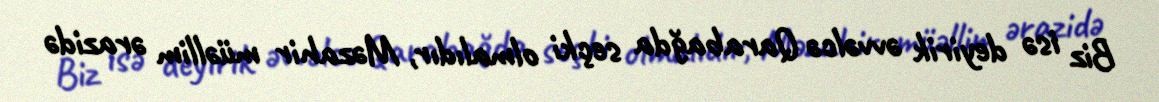
Biz isə deyirik əvvəlcə Qarabağda seçki olmalıdır, Məzahir müəllim ərazidə